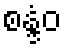
စန္ဒံဝ